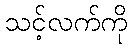
သင့်လက်ကို